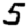
Digit: 5